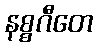
နစ္စဂီတေ